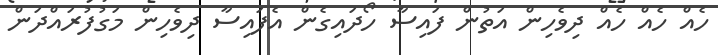
ހެއް ހެއް ހެއް ދިވެހިން އަތުން ފައިސާ ހޯދައިގެން އެފައިސާ ދިވެހިން މަގުފުރައްދަން